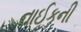
નાઈકની